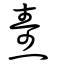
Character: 燾